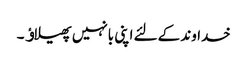
خداوند کےلئے اپنی بانہیں پھیلاﺅ ۔